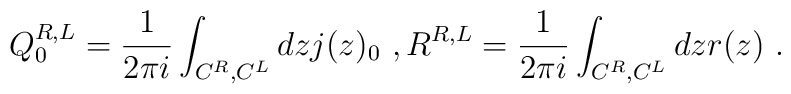
Q_0^{R,L}=\frac{1}{2\pi i}\int_{C^R,C^L}dz j(z)_0 \ ,R^{R,L}=\frac{1}{2\pi i} \int_{C^R,C^L}dz r(z) \ .